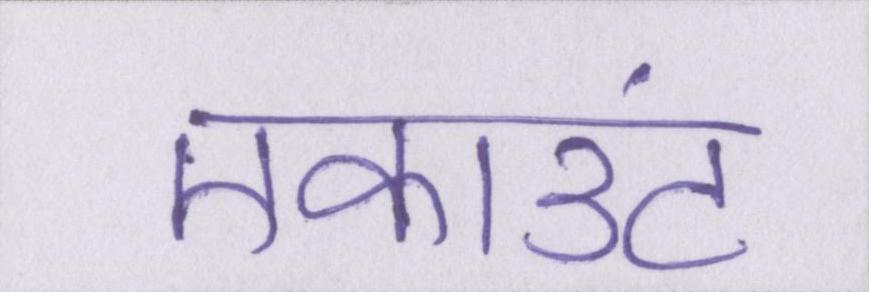
एकाउंट